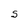
Character: S